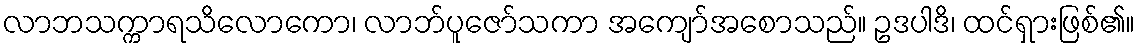
လာဘသက္ကာရသိလောကော၊ လာဘ်ပူဇော်သကာ အကျော်အစောသည်။ ဥဒပါဒိ၊ ထင်ရှားဖြစ်၏။